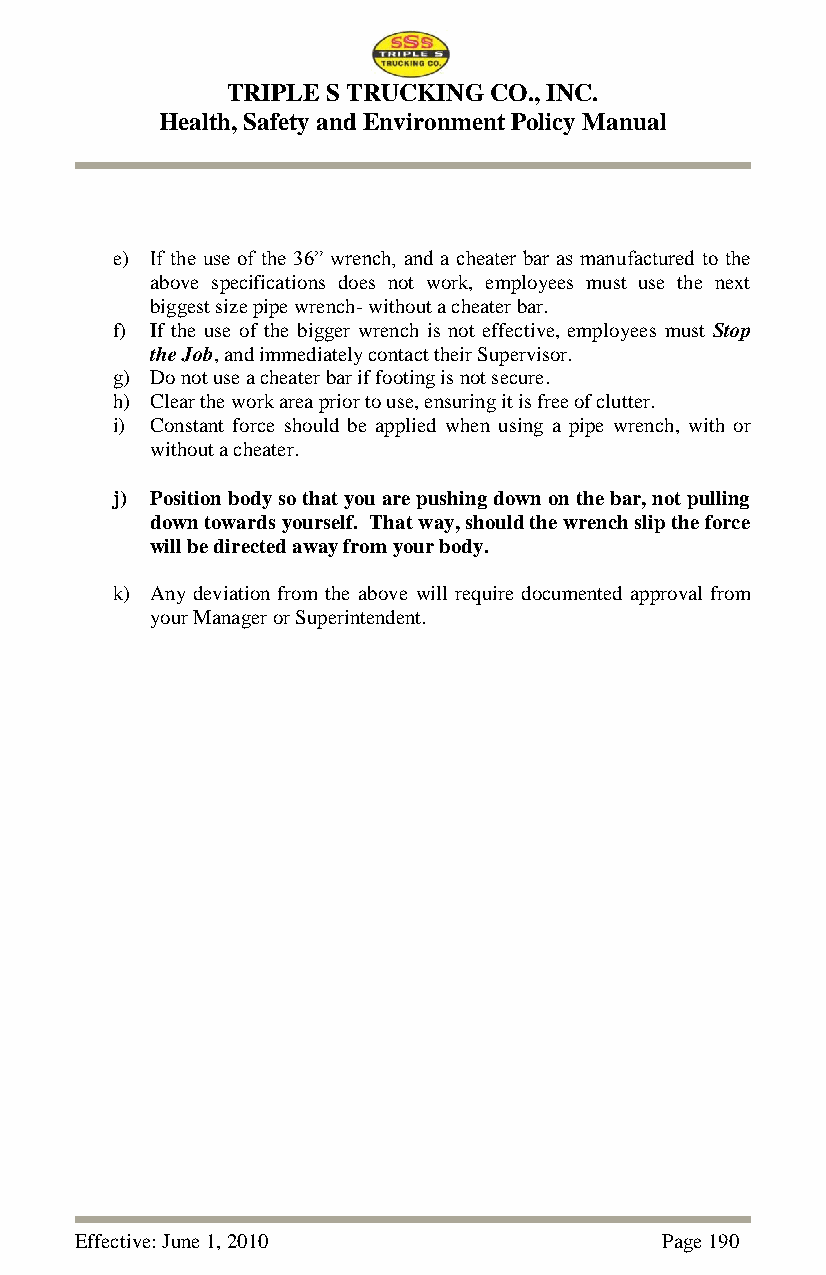
TRIPLE S TRUCKING CO., INC.
 Health, Safety and Environment Policy Manual
 e) If the use of the 36‖ wrench, and a cheater bar as manufactured to the
 above specifications does not work, employees must use the next
 biggest size pipe wrench- without a cheater bar.
 f) If the use of the bigger wrench is not effective, employees must Stop
 the Job, and immediately contact their Supervisor.
 g) Do not use a cheater bar if footing is not secure.
 h) Clear the work area prior to use, ensuring it is free of clutter.
 i) Constant force should be applied when using a pipe wrench, with or
 without a cheater.
 j) Position body so that you are pushing down on the bar, not pulling
 down towards yourself. That way, should the wrench slip the force
 will be directed away from your body.
 k) Any deviation from the above will require documented approval from
 your Manager or Superintendent.
 Effective: June 1, 2010                Page 190